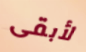
لأبقى